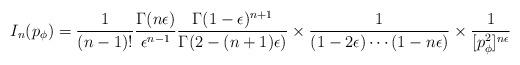
LaTeX: \begin{align*}I_n(p_{\phi})={1\over(n-1)!}{\Gamma(n\epsilon)\over\epsilon^{n-1}}{\Gamma(1-\epsilon)^{n+1}\over\Gamma(2-(n+1)\epsilon)}\times{1\over (1-2\epsilon)\cdots(1-n\epsilon)}\times{1\over [p_{\phi}^2]^{n\epsilon}}\end{align*}